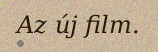
Az új film.